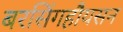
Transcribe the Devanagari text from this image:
बरसिंगहौयसन